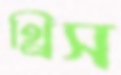
থ্রিস